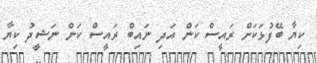
ކިޔާ ބޭފުޅަކަށް ރައީސް ކަން އަދި ނައިބް ރައީސް ކަން ނަޝީދު ކިޔާ